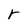
Character: r